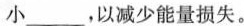
小___，以减少能量损失。